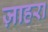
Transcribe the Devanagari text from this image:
ज़ाहरा